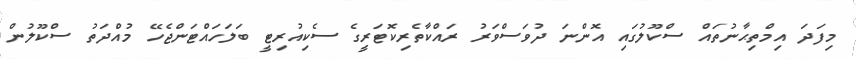
މިފަދަ އިމްތިޙާނުތައް ސްކޫލުގައި އޮންނަ ދުވަސްވަރު ރައްކާތެރިކޮޓަރީގެ ސެކިއުރިޓީ ބަލަހައްޓަންޖެހޭ މުއްދަތު ސްކޫލުން